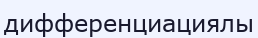
дифференциациялы